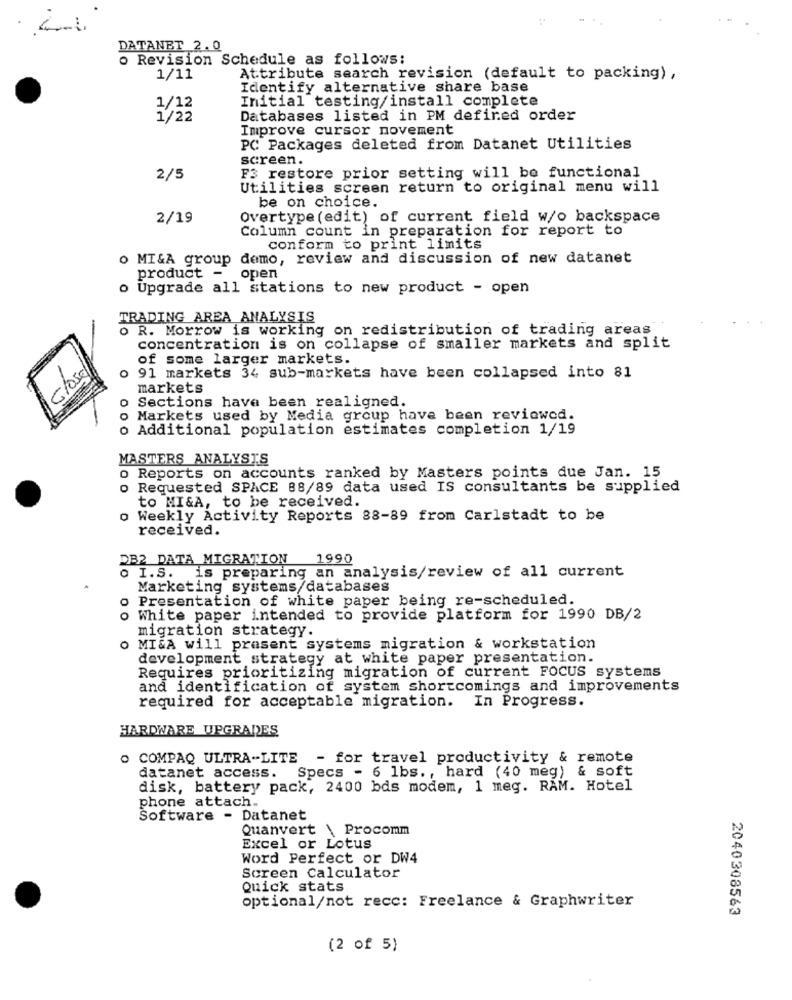
DATANET 2.0
o Revision Schedule as follows:
1/11
Attribute search revision (default to packing) ,
Identify alternative share base
Initial testing/install complete
1/22
Databases listed in PM defined order
Improve cursor novement
PC Packages deleted from Datanet Utilities
screen.
2/5
F3 restore prior setting will be functional
Utilities screen return to original menu will
be on choice.
2/19
Overtype (edit) of current field w/o backspace
Column count in preparation for report to
conform to print limits
o MI&A group demo, review and discussion of new datanet
product -
open
o Upgrade all stations to new product - open
TRADING AREA ANALYSIS
o R. Morrow is working on redistribution of trading areas
concentration is on collapse of smaller markets and split
of some larger markets.
close
o 91 markets 34 sub-markets have been collapsed into 81
markets
o Sections have been realigned.
Markets used by Media group have been reviewed.
o Additional population estimates completion 1/19
000
MASTERS ANALYSTS
o Reports on accounts ranked by Masters points due Jan. 15
o Requested SPACE 88/89 data used IS consultants be supplied
to MI&A, to be received.
o Weekly Activity Reports 88-89 from Carlstadt to be
received.
DB2 DATA MIGRATION 1990
o I.S. is preparing an analysis/review of all current
Marketing systems/databases
o Presentation of white paper being re-scheduled.
o White paper intended to provide platform for 1990 DB/2
migration strategy.
O MI&A will present systems migration & workstation
development strategy at white paper presentation.
Requires prioritizing migration of current FOCUS systems
and identification of system shortcomings and improvements
required for acceptable migration. In Progress.
HARDWARE UPGRADES
O COMPAQ ULTRA-LITE - for travel productivity & remote
datanet access. Specs - 6 lbs ., hard (40 meg) & soft
disk, battery pack, 2400 bds modem, 1 meg. RAM. Hotel
phone attach.
Software - Datanet
Quanvert \ Procomm
Excel or Lotus
Word Perfect or DW4
Screen Calculator
Quick stats
optional/not recc: Freelance & Graphwriter
2040308563
(2 of 5)